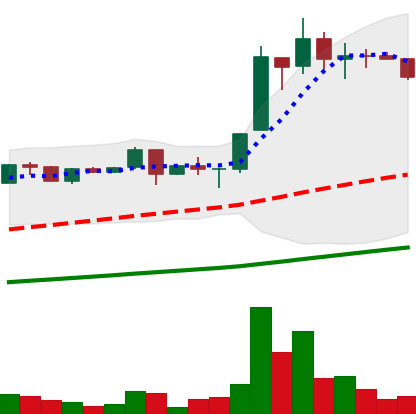
Ticker: LTC-USD
Chart end date: 2017-06-24
Forward return: -7.701%
Label: down_7plus